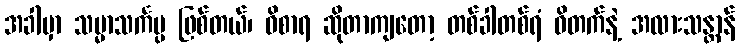
အခါမှာ သမ္မာသင်္ကပ္ပ ဖြစ်တယ်၊ ဝိစာရ ဆိုတာကျတော့ တစ်ခါတစ်ရံ ဝိတက်နဲ့ အလားသန္တာန်